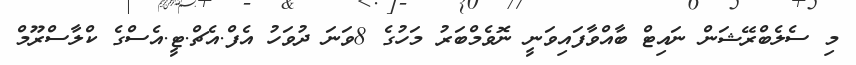
މި ސެލެބްރޭޝަން ނައިޓް ބާއްވާފައިވަނީ ނޮވެމްބަރު މަހުގެ 8ވަނަ ދުވަހު އެފް.އެޗް.ޓީ.އެސްގެ ކްލާސްރޫމް